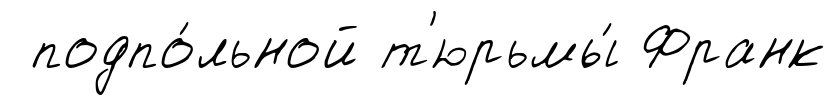
подпо́льной т'юрьмы́ Франк